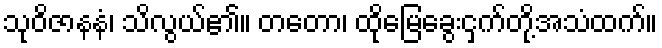
သုဝိဇာနနံ၊ သိလွယ်၏။ တတော၊ ထိုမြေခွေးငှက်တို့အသံထက်။